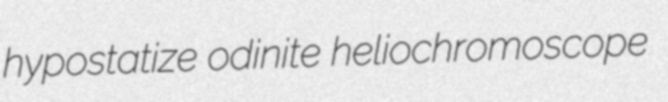
hypostatize odinite heliochromoscope